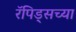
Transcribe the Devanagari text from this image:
रॅपिड्सच्या